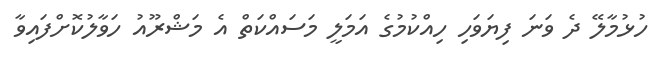
ހުޅުމާލޭ ދެ ވަނަ ފިޔަވަހި ހިއްކުމުގެ އަމަލީ މަސައްކަތް އެ މަޝްރޫއު ހަވާލުކޮށްފައިވާ